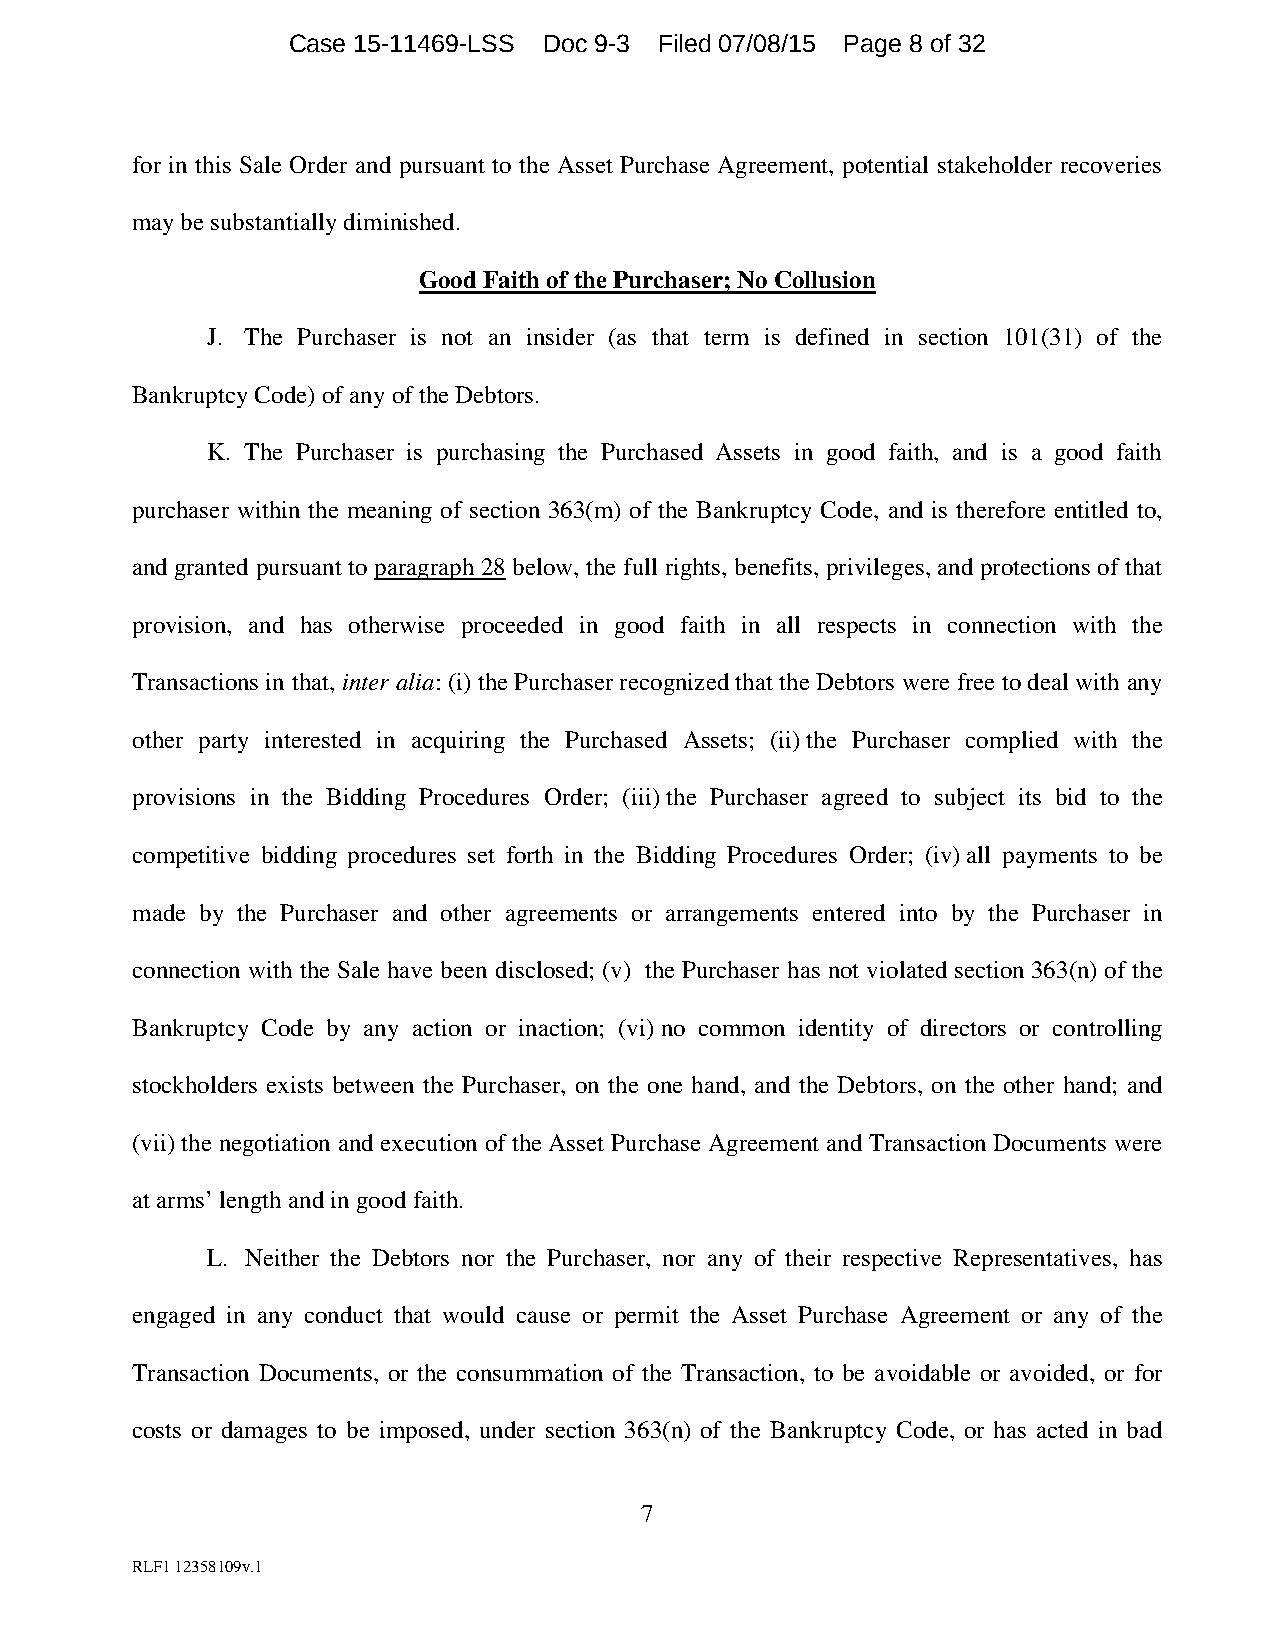
Case 15-11469-LSS Doc 9-3 Filed 07/08/15 Page 8 of 32
 for in this Sale Order and pursuant to the Asset Purchase Agreement, potential stakeholder recoveries
 may be substantially diminished.
 Good Faith of the Purchaser; No Collusion
 J. The Purchaser is not an insider (as that term is defined in section 101(31) of the
 Bankruptcy Code) of any of the Debtors.
 K. The Purchaser is purchasing the Purchased Assets in good faith, and is a good faith
 purchaser within the meaning of section 363(m) of the Bankruptcy Code, and is therefore entitled to,
 and granted pursuant to paragraph 28 below, the full rights, benefits, privileges, and protections of that
 provision, and has otherwise proceeded in good faith in all respects in connection with the
 Transactions in that, inter alia: (i) the Purchaser recognized that the Debtors were free to deal with any
 other party interested in acquiring the Purchased Assets; (ii) the Purchaser complied with the
 provisions in the Bidding Procedures Order; (iii) the Purchaser agreed to subject its bid to the
 competitive bidding procedures set forth in the Bidding Procedures Order; (iv) all payments to be
 made by the Purchaser and other agreements or arrangements entered into by the Purchaser in
 connection with the Sale have been disclosed; (v) the Purchaser has not violated section 363(n) of the
 Bankruptcy Code by any action or inaction; (vi) no common identity of directors or controlling
 stockholders exists between the Purchaser, on the one hand, and the Debtors, on the other hand; and
 (vii) the negotiation and execution of the Asset Purchase Agreement and Transaction Documents were
 at arms’ length and in good faith.
 L. Neither the Debtors nor the Purchaser, nor any of their respective Representatives, has
 engaged in any conduct that would cause or permit the Asset Purchase Agreement or any of the
 Transaction Documents, or the consummation of the Transaction, to be avoidable or avoided, or for
 costs or damages to be imposed, under section 363(n) of the Bankruptcy Code, or has acted in bad
 7
 RLF1 12358109v.1